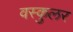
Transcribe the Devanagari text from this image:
वस्कुलर